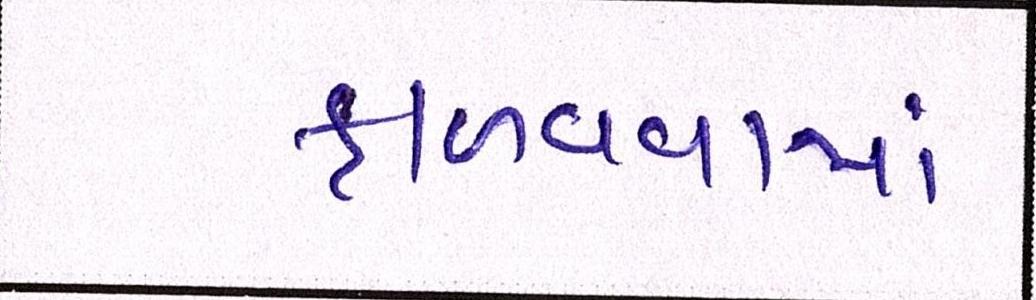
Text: ફાળવવામાં